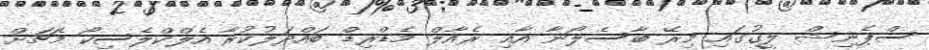
ސްޕެނިޝް ލީގުގައި މިރޭ ބާސެލޯނާ އާއި ރެއާލް މެޑްރިޑް ބައްދަލުކުރާ އެލްކްލެސިކޯ މެޗަށް